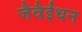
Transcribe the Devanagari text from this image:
जैवैईंधन